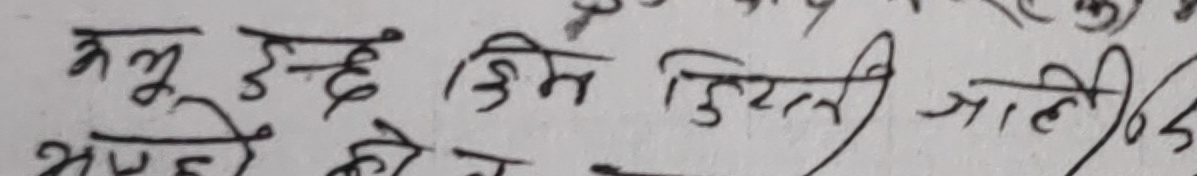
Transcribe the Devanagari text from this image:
कभू इच्छा किं किजली जाती
भष को त